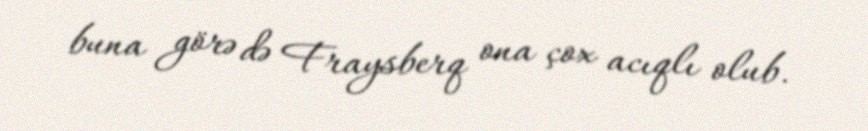
buna görə də Fraysberq ona çox acıqlı olub.